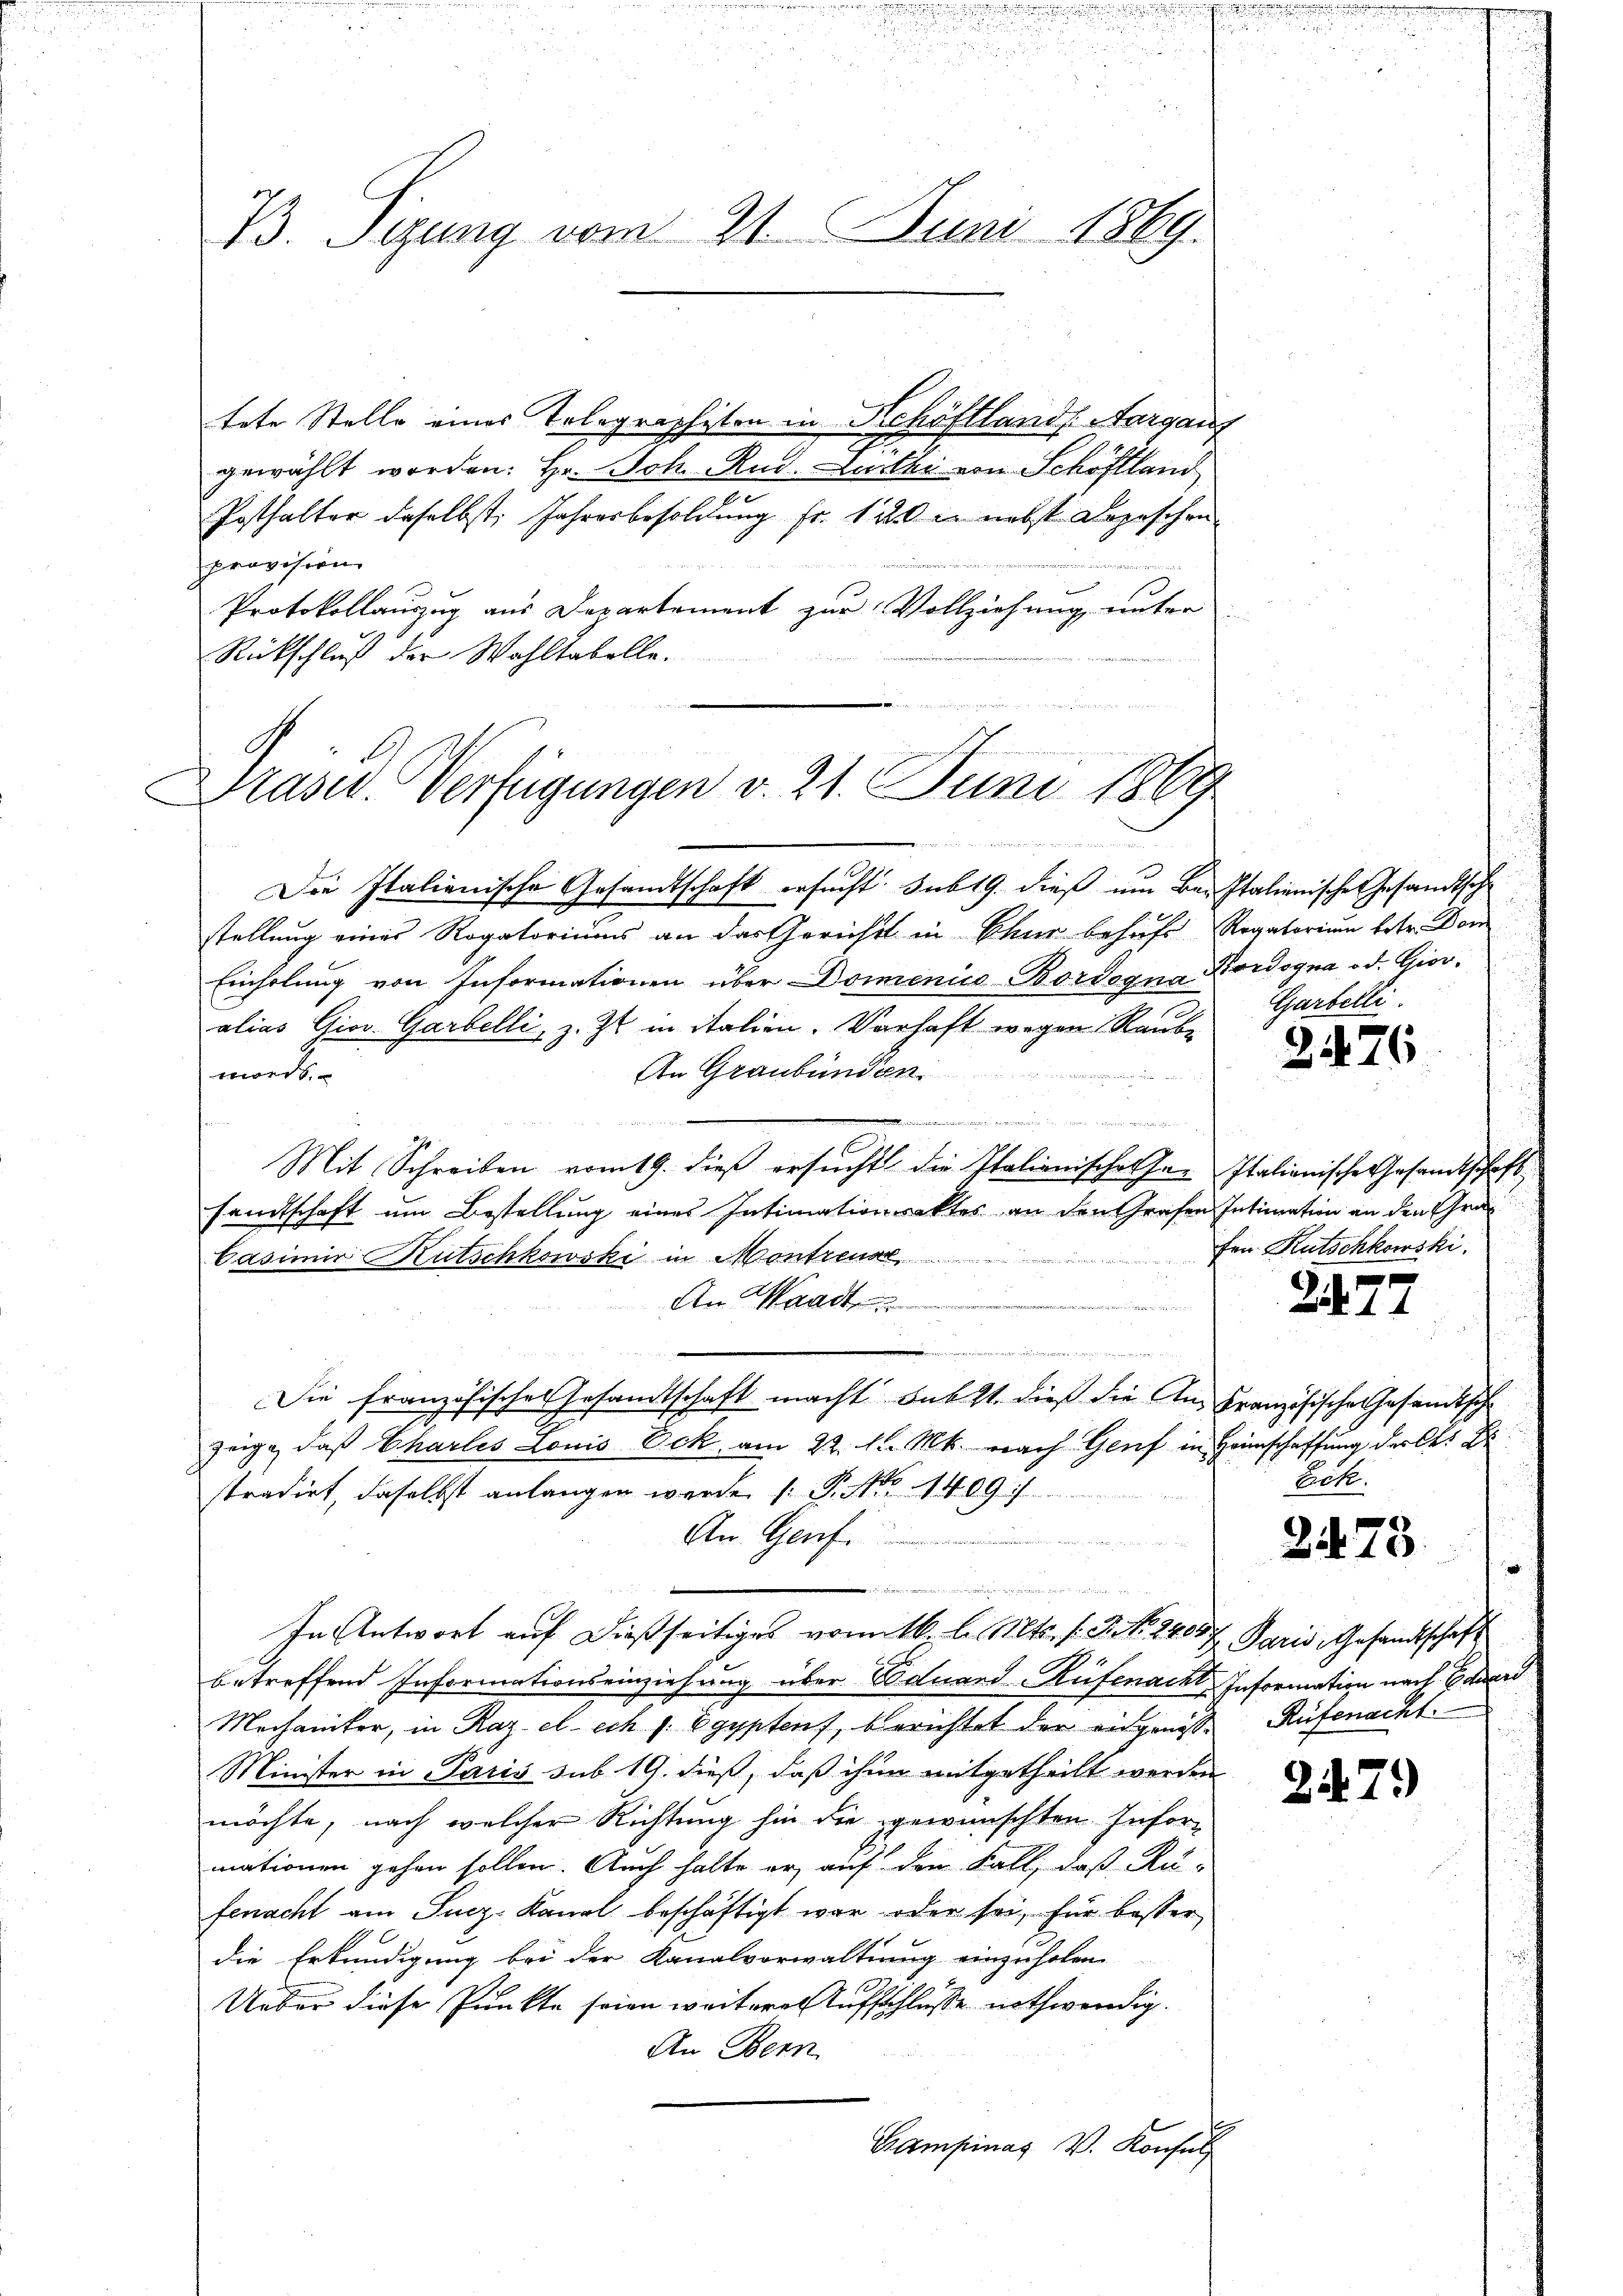
tete Stelle eines Telegraphisten in Schöftlands. Aargau
gewählt worden: Hr. Joh. Rud. Lurtei von Schöftland
Posthalter daselbst, Jahresbesoldung fr. 120 in nebst Depeschen
2
provision
Protokollauszug aus Departement zur Vollziehung unter
Rückschluß der Wahltabelle.

Präsid. Verfügungen v. 21. Juni 1889

B3. Tizung vom 21. Juni 1869.

si der

Die Italienische Gesandtschaft ersucht. sub 19. dieß um Be- Italienische Gesandtschstellung einer Rogatoriums an das Gerichts in Chur behufe Regatorium betr. Dom
Einholung von Informationen über Domenico Bordogna Kordogna od. Gioralias Giov. Garbelli, z. Zt. in italien. Verhaft wegen Raube
An Graubünden.
morde

Mit Schreiben vom 19. dieß ersŭcht die Italienischen Jar Italianische Gesamtschaft
sandtschaft um Bestellung eines Intimationsaktes an den Grafen Intimation an den Gra¬
Casimir Rutschkowski in Montreuer
An Waadt
d
 genen v
Die französisches Gesamtschaft macht Subst. dieß die Am Französische Gesandtsch
zeige, daß Charles Louis Eck, am 22. M. Mk. nach Genf in Heinschaffung der C. B
stradirt, daselbst anlangen werde, s. S. No 1409/
An Genf.
g

In Antwort auf dießseitiges vom 16. l. Mts. f. P. Nr. 2400 f. Paris, Gesandtschaft
betreffend Informationseinziehung über Voduard Rüfenacht Information nach Eduard
Mechaniker, in Razel ich s. Egyptens, berichtet der eingenie Rüfenacht.
Minister in Paris sub 19. dieß, daß ihm mitgetheilt werden
möchte, nach welcher Richtung hin die gewünschten Informationen gehen sollen. Auch halte er, auf den Fall, daß Ru-
fenacht am Sucz Kanal beschäftigt war oder sei, für besser
die Erkundigung bei der Kanalvorwaltung einzuholen.
Ueber diese Punkte seien weitere Aufschlusse nothwendig.
An Bern
Campinas V. Konsul

Garbelli

2 i

fen Rutschkowski.

24

Eck.

2475.

2

76

79)